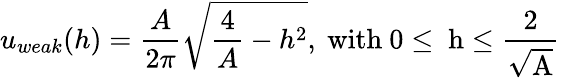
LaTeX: u_{weak}(h)=\frac{A}{2\pi}\sqrt{\frac{4}{A}-h^{2}}\mathrm{,~with~0\leq~h\leq\frac{2}{\sqrt{A}}~}